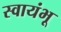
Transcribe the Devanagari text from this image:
स्वायंभू